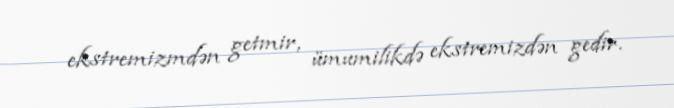
ekstremizmdən getmir, ümumilikdə ekstremizdən gedir.